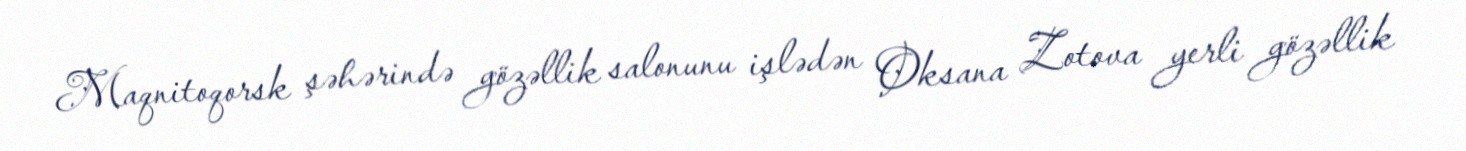
Maqnitoqorsk şəhərində gözəllik salonunu işlədən Oksana Zotova yerli gözəllik